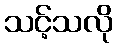
သင့်သလို